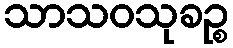
သာသဝသုခဉ္စ